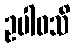
ဥပါဝသိ